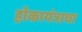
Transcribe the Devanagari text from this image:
होकायंत्राचा